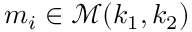
m _ { i } \in \mathcal { M } ( k _ { 1 } , k _ { 2 } )